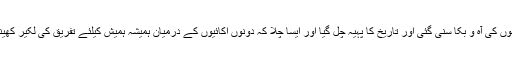
مظلوموں کی آہ و بکا سنی گئی اور تاریخ کا پہیہ چل گیا اور ایسا چلا کہ دونوں اکائیوں کے درمیان ہمیشہ ہمیش کیلئے تفریق کی لکیر کھینچ گیا۔